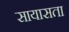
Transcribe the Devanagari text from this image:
सायासता